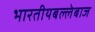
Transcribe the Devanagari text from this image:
भारतीयबल्लेबाज